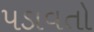
પડાવતો